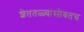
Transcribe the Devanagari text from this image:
शेततळ्यांसोबतच